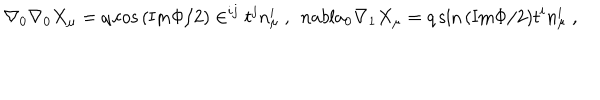
LaTeX: \nabla _ { 0 } \nabla _ { 0 } X _ { \mu } = q \cos { ( \mathrm { I m } \Phi / 2 ) } \in ^ { i j } t ^ { j } n _ { \mu } ^ { i } \ , \ \, n a b l a _ { 0 } \nabla _ { 1 } X _ { \mu } = q \sin { ( \mathrm { I m } \Phi / 2 ) } t ^ { i } n _ { \mu } ^ { i } \ ,